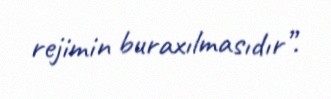
rejimin buraxılmasıdır”.